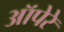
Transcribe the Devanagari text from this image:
ऑपेरे